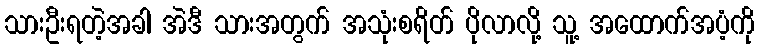
သားဦးရတဲ့အခါ အဲဒီ သားအတွက် အသုံးစရိတ် ပိုလာလို့ သူ့ အထောက်အပံ့ကို